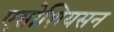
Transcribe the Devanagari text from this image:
एसोशियसन